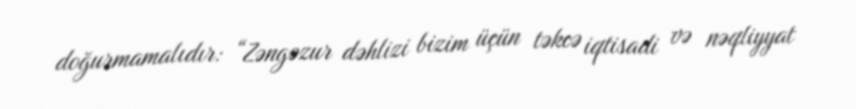
doğurmamalıdır: “Zəngəzur dəhlizi bizim üçün təkcə iqtisadi və nəqliyyat